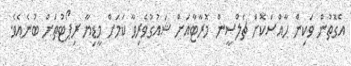
އެގޮތުން ވަކިން ހާއްސަކޮށް ޗެލްސީން މޮރާޓާއަށް ޝައުގުވެރިވާ ކަމަށް މީޑިޔާ ރިޕޯޓުތަށް ބުނެއެވެ.